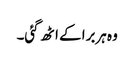
وہ ہربرا کے اٹھ گئی۔